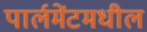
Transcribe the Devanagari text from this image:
पार्लमेंटमधील